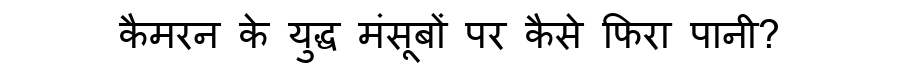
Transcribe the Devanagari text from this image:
कैमरन के युद्ध मंसूबों पर कैसे फिरा पानी?